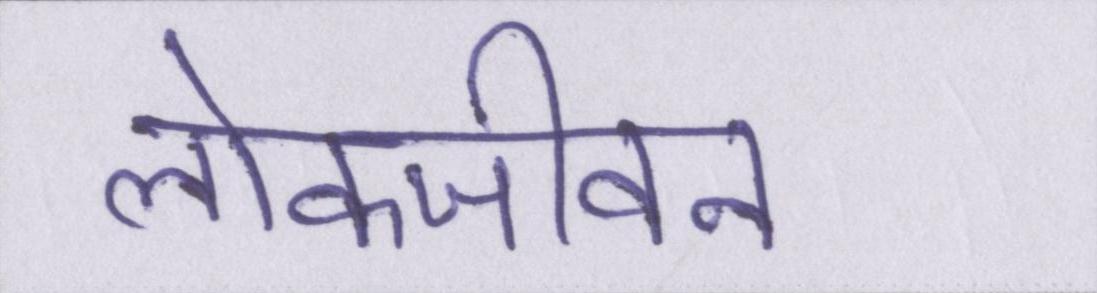
लोकजीवन